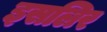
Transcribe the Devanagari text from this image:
इसलिर